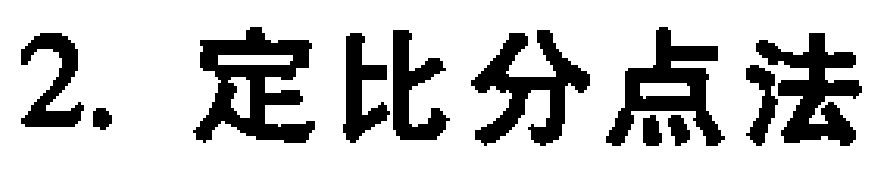
2. 定比分点法